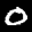
Label: 0